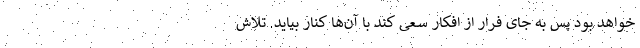
خواهد بود پس به جای فرار از افکار سعی کند با آن‌ها کنار بیاید. تلاش